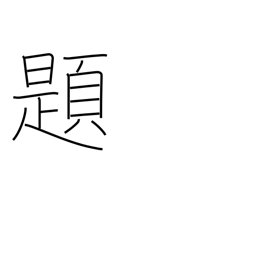
Meaning: topic